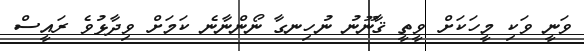
ވަނީ ވަކި މީހަކަށް ވީތީ ޤާނޫނު ނުހިނގާ ނޯންނާނެ ކަމަށް ވިދާޅުވެ ރައީސް